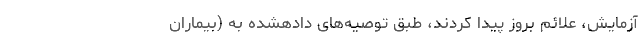
آزمایش، علائم بروز پیدا کردند، طبق توصیه‌های دادهشده به (بیماران